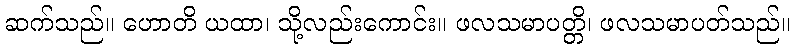
ဆက်သည်။ ဟောတိ ယထာ၊ သို့လည်းကောင်း။ ဖလသမာပတ္တိ၊ ဖလသမာပတ်သည်။